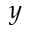
y